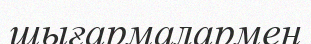
шығармалармен